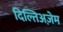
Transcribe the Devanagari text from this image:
दिल्तिअज़ेम